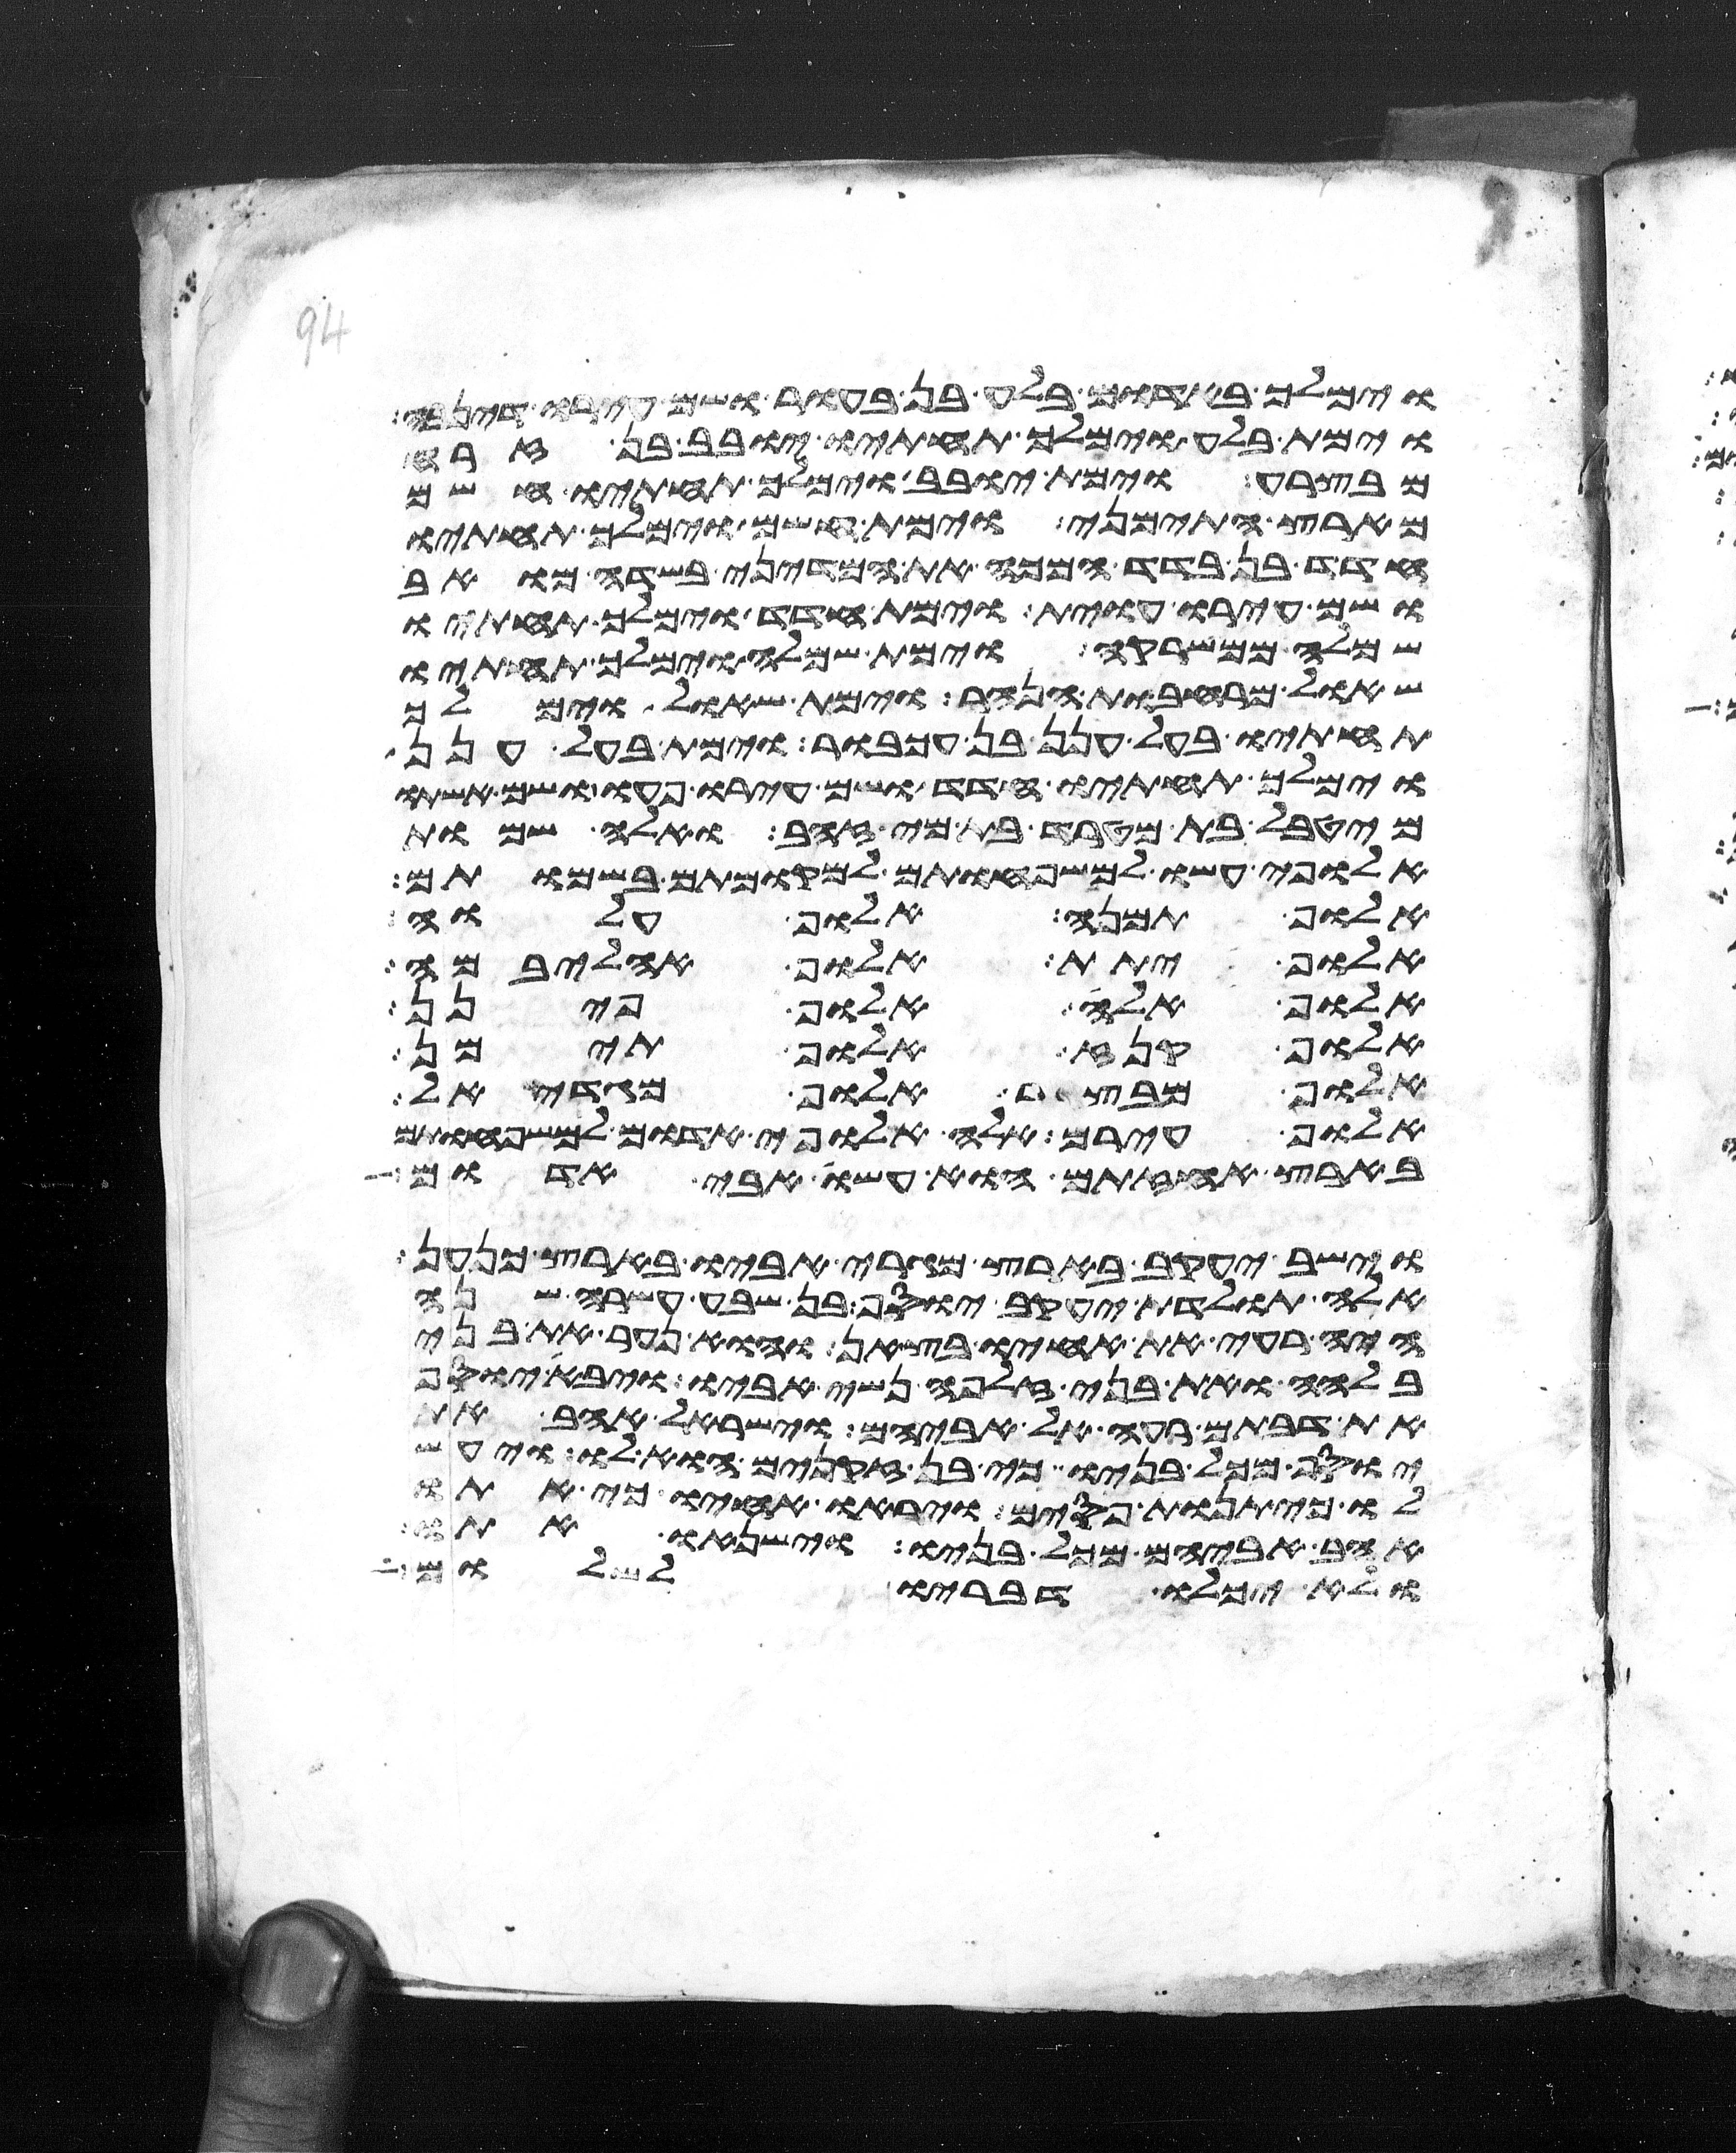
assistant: וימלך באדום בלע בן בעור ושם עירו דנהבה
וימת בלע וימלך תחתיו יובב בן זרח
מבצרה וימת יובב וימלך תחתיו חשם
מארץ התימני וימת חשם וימלך תחתיו
הדד בן בדד המכה את המדיני בשדה מואב
ושם עירו עוית וימת הדד וימלך תחתיו
שמלה ממשרקה וימת שמלה וימלך תחתיו
שאול מרחבות הנהר וימת שאול וימלך
תחתיו בעל חנן בן עכבור וימת בעל חנן
וימלך תחתיו הדד ושם עירו פעו ושם אשתו
מהטבאל בת מטרד בת מי זהב ואלה שמות
אלופי עשו למשפחותם למקומותם בשמותם
אלוף תמנע אלוף עלוה
אלוף יתת אלוף אהליבמה
אלוף אלה אלוף פינן
אלוף קנז אלוף תימן
אלוף מבצר אלוף מגדאל
אלוף עירם אלה אלופי אדום למשפחותם
בארץ אחזתם הוא עשו אבי אדום
וישב יעקב בארץ מגרי אביו בארץ כנען
אלה תולדת יעקב יוסף בן שבע עשרה שנה
היה רעה את אחיו בצאן והוא נער את בני
בלהה ואת בני זלפה נשי אביו ויבא יוסף
את דבתם רעה אל אביהם וישראל אהב את
יוסף מכל בניו כי בן זקנים הוא לו ויעש
לו כיתנת פסים ויראו אחיו כי אתו
אהב אביהם מכל בניו וישנאו אתו
ולא יכלו דבריו לשלום